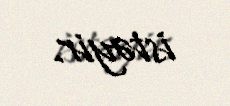
istəyir.